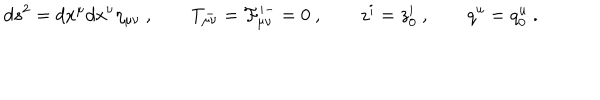
d s ^ { 2 } = d x ^ { \mu } d x ^ { \nu } \eta _ { \mu \nu } \ , \qquad T _ { \mu \nu } ^ { - } = { \cal F } _ { \mu \nu } ^ { i - } = 0 \ , \qquad z ^ { i } = z _ { 0 } ^ { i } \ , \qquad q ^ { u } = q _ { 0 } ^ { u } \ .